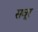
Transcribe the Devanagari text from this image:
सवूर